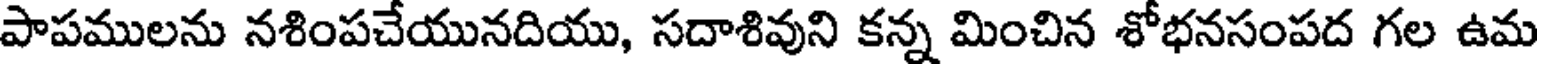
పాపములను నశింపచేయునదియు, సదాశివుని కన్న మించిన శోభనసంపద గల ఉమ